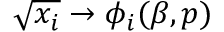
\sqrt { x _ { i } } \to \phi _ { i } ( \beta , p )